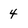
Character: 4